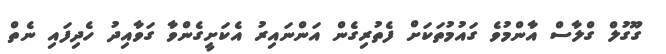
ގޫގުލް ގްލާސް އާންމުވެ ގައުމުތަކަށް ފެތުރިގެން އަންނައިރު އެކަށީގެންވާ ގަވާއިދު ހެދިފައި ނެތް